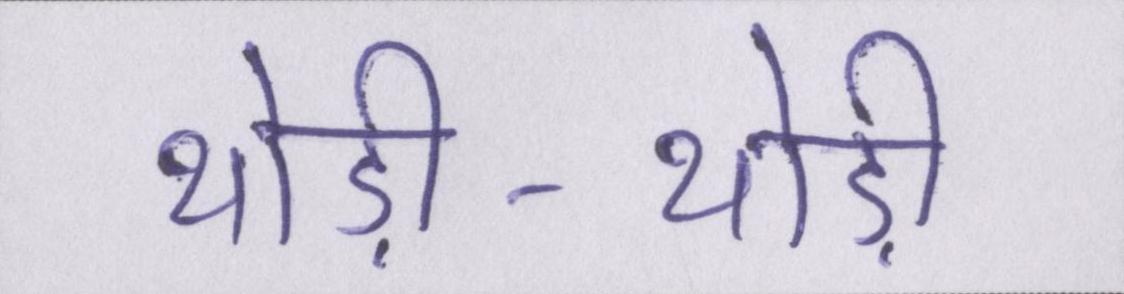
थोड़ी-थोड़ी